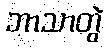
ဘာသာတွဲ